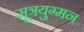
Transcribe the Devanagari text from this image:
सूत्रयुग्मन